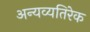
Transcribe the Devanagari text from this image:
अन्यव्यतिरेक